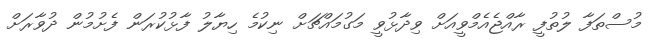
މުސްތަފާ ލުތުފީ ރާއްޖެއެމްވީއަށް ވިދާޅުވީ މަގުމައްޗަށް ނިކުމެ ހިޔާލު ފާޅުކުރަން ފެށުމުން ދުވާރަށް